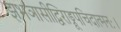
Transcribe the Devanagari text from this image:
झभञासीद्विराड्रूपचिदात्मनः।